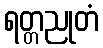
ရတ္တညုတံ